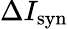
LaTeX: \Delta I_{\mathrm{syn}}